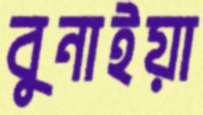
বুনাইয়া